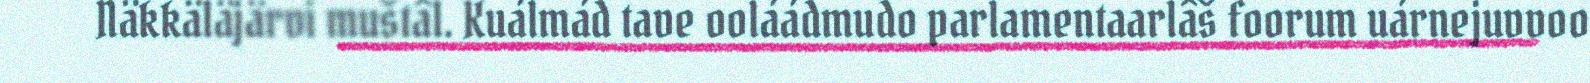
Näkkäläjärvi muštâl. Kuálmád tave ooláádmudo parlamentaarlâš foorum uárnejuvvoo